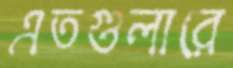
এতগুলারে